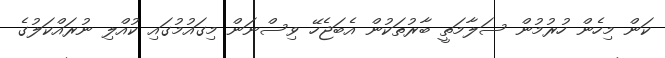
ކަން މިހެން ހުރުމުން ސަލާމަތީ ބާރުތަކުން އެބަޖެހޭ ވިސްނަން މިގައުމުގައި ކުއްލި ނުރައްކަލުގެ